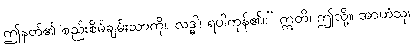
ဤနတ်၏ စည်းစိမ်ချမ်းသာကို။ လဒ္ဓါ၊ ရပါကုန်၏။” ဣတိ၊ ဤသို့။ အာဟံသု၊